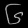
Digit: ၆